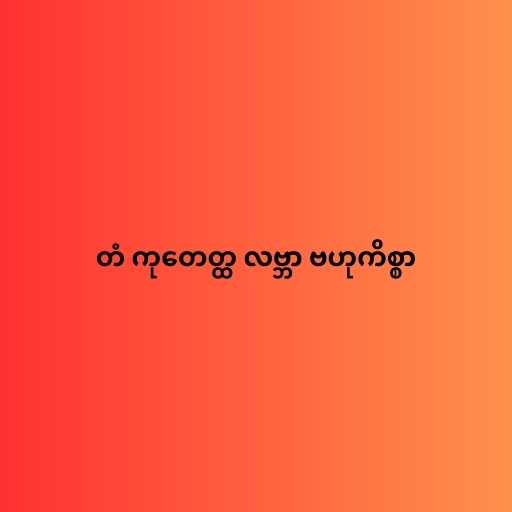
တံ ကုတေတ္ထ လဗ္ဘာ ဗဟုကိစ္စာ